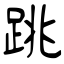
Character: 跳